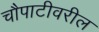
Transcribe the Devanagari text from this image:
चौपाटीवरील